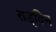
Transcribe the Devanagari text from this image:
राड्विन